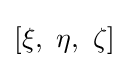
\left[\xi ,\ \eta ,\ \zeta \right]